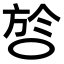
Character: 㫈